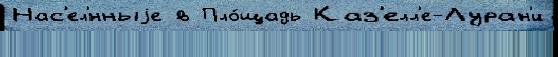
Нас'ел'́нныjе в Пло́щадь Каз'елл'е-Луран'и